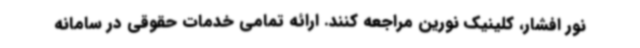
نور افشار، کلینیک نورین مراجعه کنند. ارائه تمامی خدمات حقوقی در سامانه